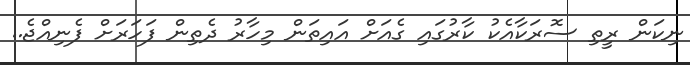
ނިކަން ރީތި ސޮރަކާއެކު ކާރުގައި ގެއަށް އައިތަން މިހާރު ދެތިން ފަހަރަށް ފެނިއްޖެ..